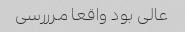
عالی بود واقعا مرررسی